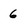
Character: 6